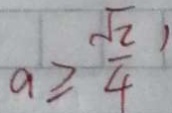
a \geq \frac { \sqrt { 2 } } { 4 } ^ { \prime }